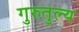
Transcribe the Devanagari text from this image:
गुरुतुल्य